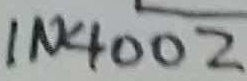
Text: IN4002